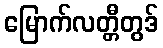
မြောက်လတ္တီတွဒ်